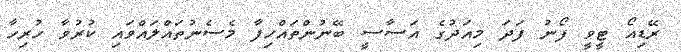
ރޭޑިއޯ ޓީވީ ފޯނު ފަދަ މިއަދުގެ އަސާސީ ބޭނުންތައްހިފާ މެސެނުތައްލައްވައި ކުރުވާ ހުރިހާ